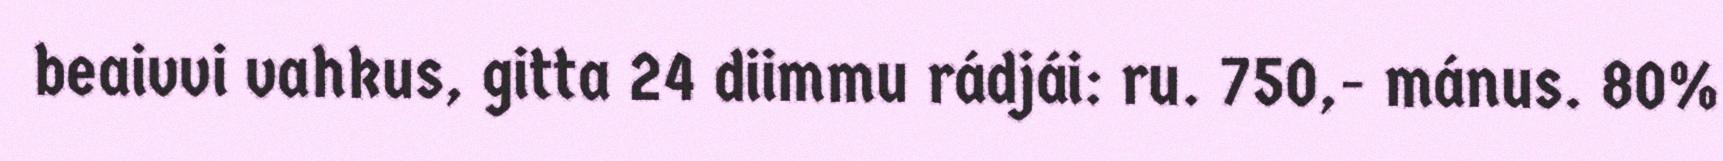
beaivvi vahkus, gitta 24 diimmu rádjái: ru. 750,- mánus. 80%